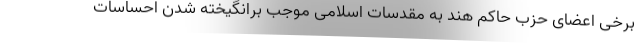
برخی اعضای حزب حاکم هند به مقدسات اسلامی موجب برانگیخته شدن احساسات